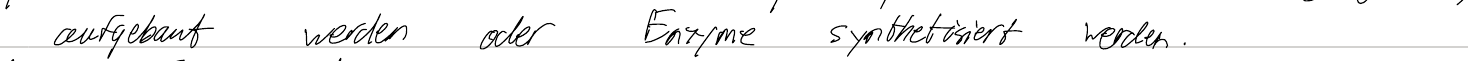
aufgebaut werden oder Enzyme synthetisiert werden.